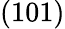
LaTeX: (101)